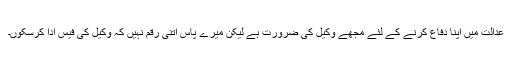
عدالت میں اپنا دفاع کرنے کے لئے مجھے وکیل کی ضرورت ہے لیکن میرے پاس اتنی رقم نہیں کہ وکیل کی فیس ادا کرسکوں۔